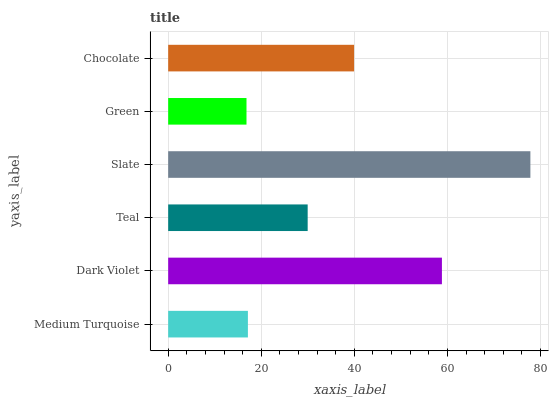
| yaxis_label | bars |
 | --- | --- |
 | Medium Turquoise | 17.1 |
 | Dark Violet | 58.8 |
 | Teal | 30 |
 | Slate | 77.8 |
 | Green | 16.8 |
 | Chocolate | 39.9 |